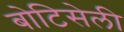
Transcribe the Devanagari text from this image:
बोटिसेली